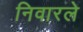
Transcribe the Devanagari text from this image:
निवारले